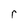
Character: r